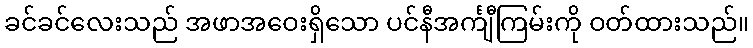
ခင်ခင်လေးသည် အဖာအဝေးရှိသော ပင်နီအင်္ကျီကြမ်းကို ဝတ်ထားသည်။